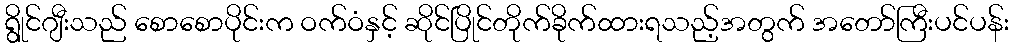
ရွိုင်ဂျီးသည် စောစောပိုင်းက ဝက်ဝံနှင့် ဆိုင်ပြိုင်တိုက်ခိုက်ထားရသည့်အတွက် အတော်ကြီးပင်ပန်း